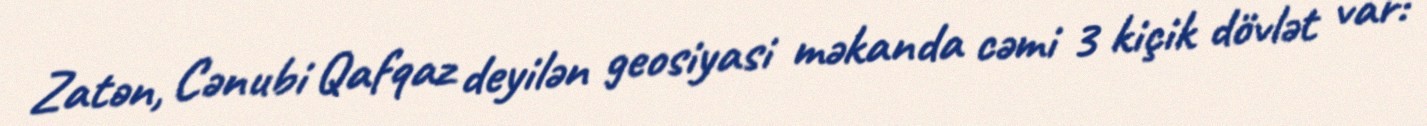
Zatən, Cənubi Qafqaz deyilən geosiyasi məkanda cəmi 3 kiçik dövlət var: